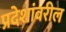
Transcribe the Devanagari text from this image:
प्रदेशांवरील